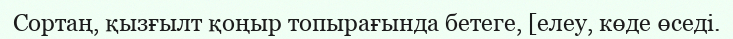
Сортаң, қызғылт қоңыр топырағында бетеге, [елеу, көде өседі.